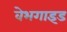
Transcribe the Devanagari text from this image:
वेभगाइड